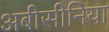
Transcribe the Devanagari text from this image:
अबीसीनिया